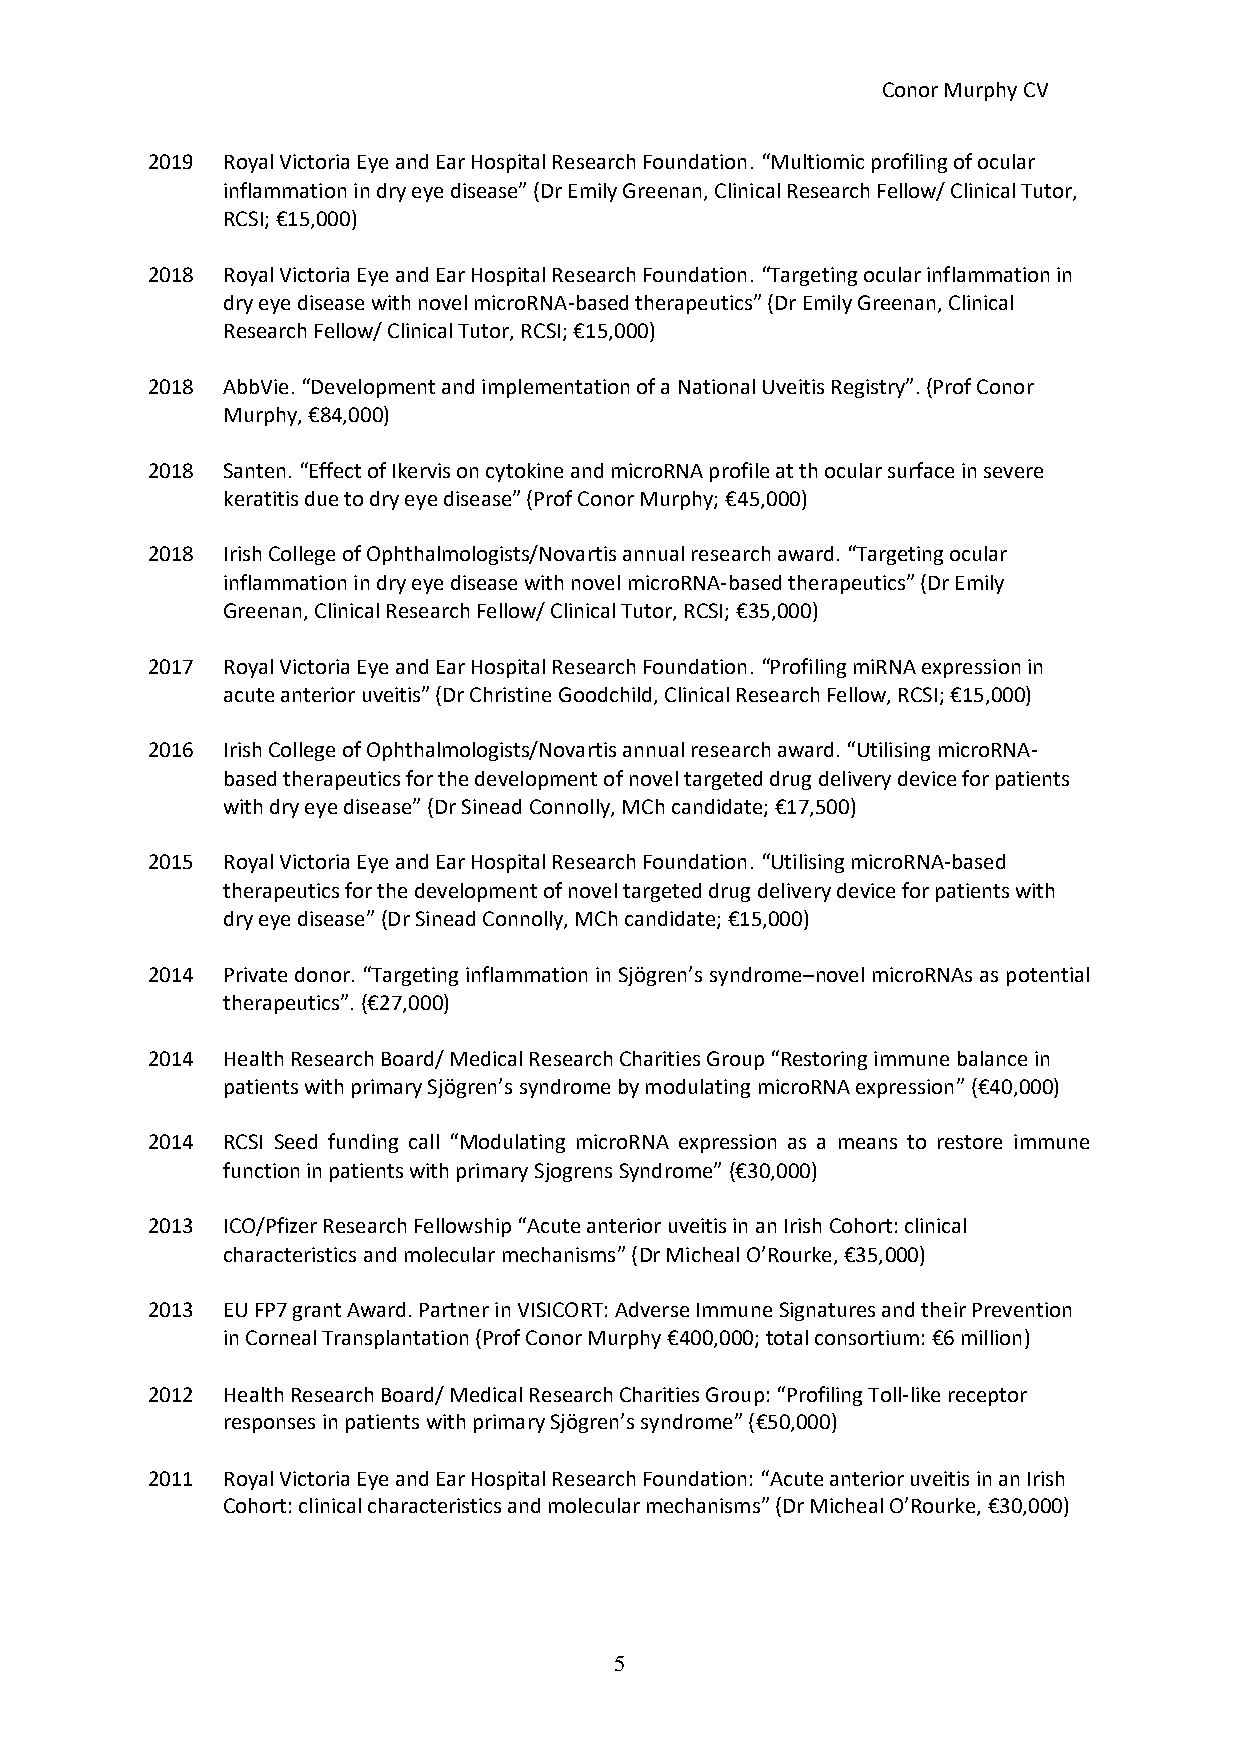
Conor Murphy CV
 2019 Royal Victoria Eye and Ear Hospital Research Foundation. “Multiomic profiling of ocular
 inflammation in dry eye disease” (Dr Emily Greenan, Clinical Research Fellow/ Clinical Tutor,
 RCSI; €15,000)
 2018 Royal Victoria Eye and Ear Hospital Research Foundation. “Targeting ocular inflammation in
 dry eye disease with novel microRNA-based therapeutics” (Dr Emily Greenan, Clinical
 Research Fellow/ Clinical Tutor, RCSI; €15,000)
 2018 AbbVie. “Development and implementation of a National Uveitis Registry”. (Prof Conor
 Murphy, €84,000)
 2018 Santen. “Effect of Ikervis on cytokine and microRNA profile at th ocular surface in severe
 keratitis due to dry eye disease” (Prof Conor Murphy; €45,000)
 2018 Irish College of Ophthalmologists/Novartis annual research award. “Targeting ocular
 inflammation in dry eye disease with novel microRNA-based therapeutics” (Dr Emily
 Greenan, Clinical Research Fellow/ Clinical Tutor, RCSI; €35,000)
 2017 Royal Victoria Eye and Ear Hospital Research Foundation. “Profiling miRNA expression in
 acute anterior uveitis” (Dr Christine Goodchild, Clinical Research Fellow, RCSI; €15,000)
 2016 Irish College of Ophthalmologists/Novartis annual research award. “Utilising microRNA-
 based therapeutics for the development of novel targeted drug delivery device for patients
 with dry eye disease” (Dr Sinead Connolly, MCh candidate; €17,500)
 2015 Royal Victoria Eye and Ear Hospital Research Foundation. “Utilising microRNA-based
 therapeutics for the development of novel targeted drug delivery device for patients with
 dry eye disease” (Dr Sinead Connolly, MCh candidate; €15,000)
 2014 Private donor. “Targeting inflammation in Sjögren’s syndrome–novel microRNAs as potential
 therapeutics”. (€27,000)
 2014 Health Research Board/ Medical Research Charities Group “Restoring immune balance in
 patients with primary Sjögren’s syndrome by modulating microRNA expression” (€40,000)
 2014 RCSI Seed funding call “Modulating microRNA expression as a means to restore immune
 function in patients with primary Sjogrens Syndrome” (€30,000)
 2013 ICO/Pfizer Research Fellowship “Acute anterior uveitis in an Irish Cohort: clinical
 characteristics and molecular mechanisms” (Dr Micheal O’Rourke, €35,000)
 2013 EU FP7 grant Award. Partner in VISICORT: Adverse Immune Signatures and their Prevention
 in Corneal Transplantation (Prof Conor Murphy €400,000; total consortium: €6 million)
 2012 Health Research Board/ Medical Research Charities Group: “Profiling Toll-like receptor
 responses in patients with primary Sjögren’s syndrome” (€50,000)
 2011 Royal Victoria Eye and Ear Hospital Research Foundation: “Acute anterior uveitis in an Irish
 Cohort: clinical characteristics and molecular mechanisms” (Dr Micheal O’Rourke, €30,000)
 5